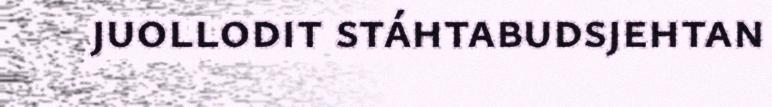
juollodit stáhtabudsjehtan